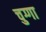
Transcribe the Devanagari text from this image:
चुग्गा